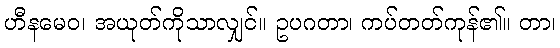
ဟီနမေဝ၊ အယုတ်ကိုသာလျှင်။ ဥပဂတာ၊ ကပ်တတ်ကုန်၏။ တာ၊